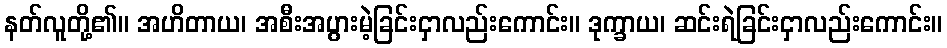
နတ်လူတို့၏။ အဟိတာယ၊ အစီးအပွားမဲ့ခြင်းငှာလည်းကောင်း။ ဒုက္ခာယ၊ ဆင်းရဲခြင်းငှာလည်းကောင်း။